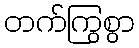
တက်ကြွစွာ